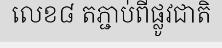
លេខ៨ តភ្ជាប់ពីផ្លូវជាតិ